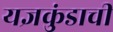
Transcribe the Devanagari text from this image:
यज्ञकुंडाची